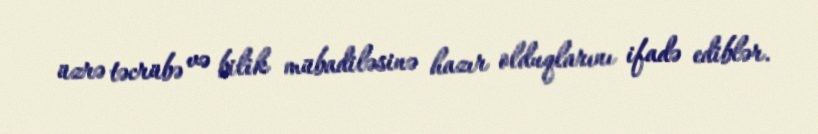
üzrə təcrübə və bilik mübadiləsinə hazır olduqlarını ifadə ediblər.